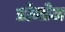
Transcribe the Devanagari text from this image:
प्रोमोज